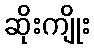
ဆိုးကျိုး